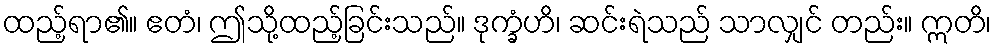
ထည့်ရာ၏။ ဧတံ၊ ဤသို့ထည့်ခြင်းသည်။ ဒုက္ခံဟိ၊ ဆင်းရဲသည် သာလျှင် တည်း။ ဣတိ၊